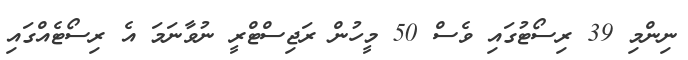
ނިންމި 39 ރިސޯޓުގައި ވެސް 50 މީހުން ރަޖިސްޓްރީ ނުވާނަމަ އެ ރިސޯޓެއްގައި